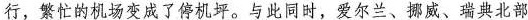
行，繁忙的机场变成了停机坪。与此同时，爱尔兰、挪威、瑞典北部